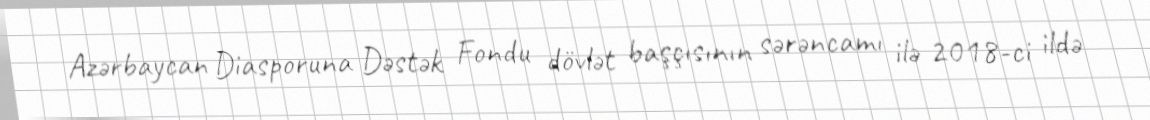
Azərbaycan Diasporuna Dəstək Fondu dövlət başçısının sərəncamı ilə 2018-ci ildə